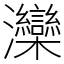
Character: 灤